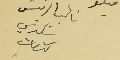
نائب الرئيس شكري كنعان